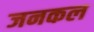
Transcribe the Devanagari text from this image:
जनकल